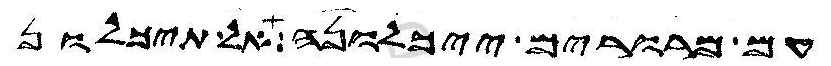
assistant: עם מרורים ייכלונה אל תיכלון